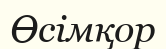
Өсімқор